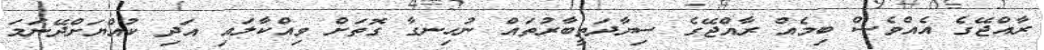
ރާއްޖޭގެ އެއްވެސް ބިމެއް ރާއްޖޭގެ ސިޔާދަތީބާރުތައް ނުހިނގާ ގޮތަށް ވިއްކާލައި އަދި ކުއްޔަށްދޭނަމަ